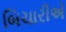
બિચારીએ